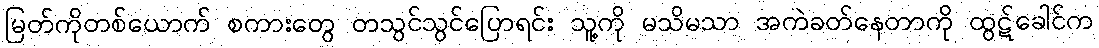
မြတ်ကိုတစ်ယောက် စကားတွေ တသွင်သွင်ပြောရင်း သူ့ကို မသိမသာ အကဲခတ်နေတာကို ထွဋ်ခေါင်က